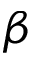
\beta